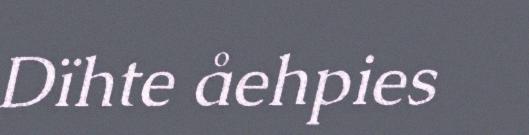
Dïhte åehpies